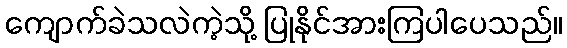
ကျောက်ခဲသလဲကဲ့သို့ ပြုနိုင်အားကြပါပေသည်။